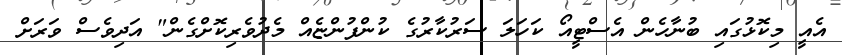
އެއީ މިކޮޅުގައި ބުނާހެން އެސްޓީއޯ ކަހަލަ ސަރުކާރުގެ ކުންފުންޏެއް މެދުވެރިކޮށްގެން" އަދިވެސް ވަރަށް